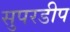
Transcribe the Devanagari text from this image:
सुपरडीप